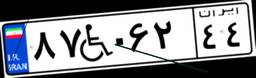
۸۷W۰۶۲۴۴